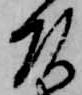
頭